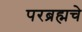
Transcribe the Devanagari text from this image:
परब्रह्मचे